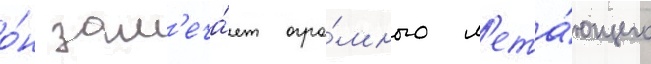
о́н зам'еча́ет огро́много л'ета́ющего